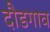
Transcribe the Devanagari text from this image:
दौडगाव